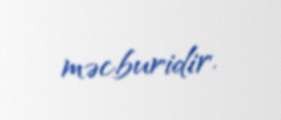
məcburidir.